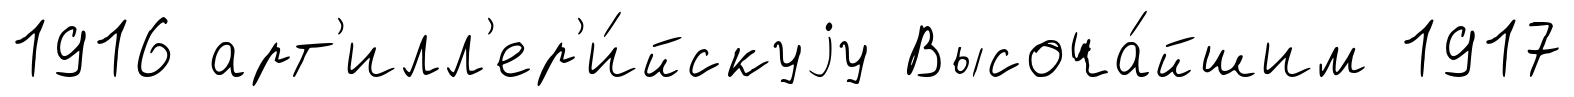
1916 арт'илл'ер'и́йскуjу Высоча́йшим 1917